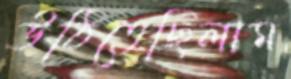
উঠিতেছিলাম